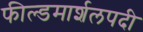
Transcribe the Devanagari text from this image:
फील्डमार्शलपदी